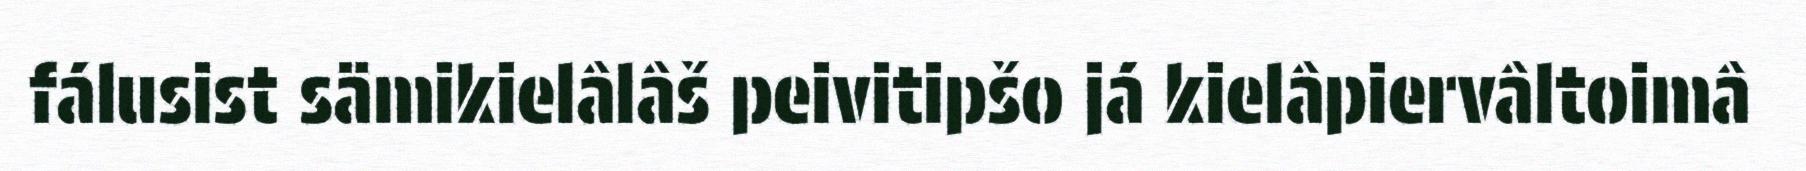
fálusist sämikielâlâš peivitipšo já kielâpiervâltoimâ